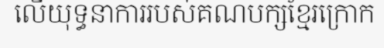
លើយុទ្ធនាការរបស់គណបក្សខ្មែរក្រោក